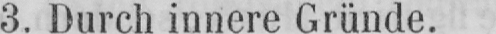
3. Durch innere Gründe.